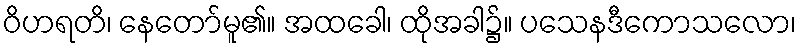
ဝိဟရတိ၊ နေတော်မူ၏။ အထခေါ၊ ထိုအခါ၌။ ပသေနဒီကောသလော၊